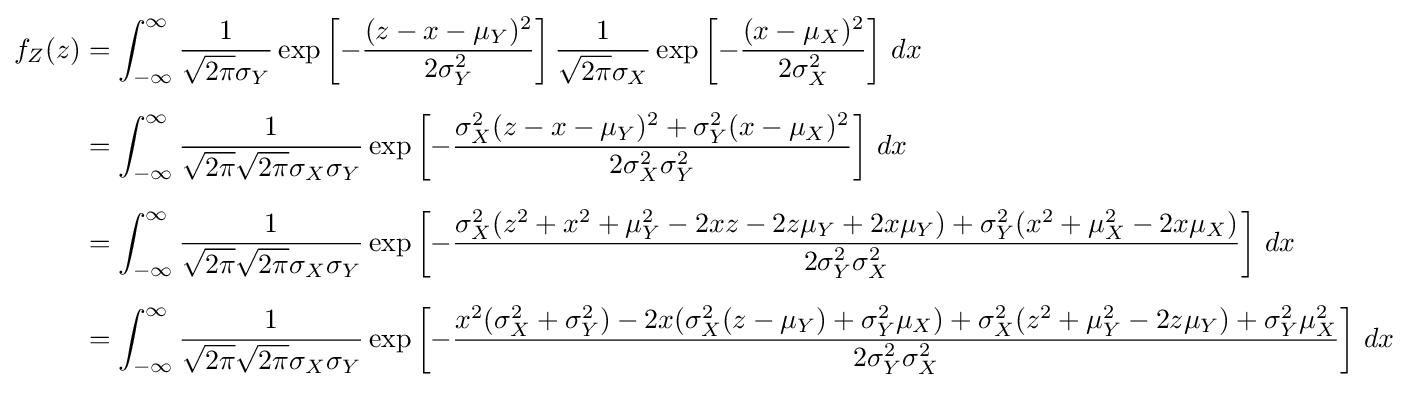
{\begin{aligned}f_{Z}(z)&=\int _{-\infty }^{\infty }{\frac {1}{{\sqrt {2\pi }}\sigma _{Y}}}\exp \left[-{(z-x-\mu _{Y})^{2} \over 2\sigma _{Y}^{2}}\right]{\frac {1}{{\sqrt {2\pi }}\sigma _{X}}}\exp \left[-{(x-\mu _{X})^{2} \over 2\sigma _{X}^{2}}\right]\,dx\\[6pt]&=\int _{-\infty }^{\infty }{\frac {1}{{\sqrt {2\pi }}{\sqrt {2\pi }}\sigma _{X}\sigma _{Y}}}\exp \left[-{\frac {\sigma _{X}^{2}(z-x-\mu _{Y})^{2}+\sigma _{Y}^{2}(x-\mu _{X})^{2}}{2\sigma _{X}^{2}\sigma _{Y}^{2}}}\right]\,dx\\[6pt]&=\int _{-\infty }^{\infty }{\frac {1}{{\sqrt {2\pi }}{\sqrt {2\pi }}\sigma _{X}\sigma _{Y}}}\exp \left[-{\frac {\sigma _{X}^{2}(z^{2}+x^{2}+\mu _{Y}^{2}-2xz-2z\mu _{Y}+2x\mu _{Y})+\sigma _{Y}^{2}(x^{2}+\mu _{X}^{2}-2x\mu _{X})}{2\sigma _{Y}^{2}\sigma _{X}^{2}}}\right]\,dx\\[6pt]&=\int _{-\infty }^{\infty }{\frac {1}{{\sqrt {2\pi }}{\sqrt {2\pi }}\sigma _{X}\sigma _{Y}}}\exp \left[-{\frac {x^{2}(\sigma _{X}^{2}+\sigma _{Y}^{2})-2x(\sigma _{X}^{2}(z-\mu _{Y})+\sigma _{Y}^{2}\mu _{X})+\sigma _{X}^{2}(z^{2}+\mu _{Y}^{2}-2z\mu _{Y})+\sigma _{Y}^{2}\mu _{X}^{2}}{2\sigma _{Y}^{2}\sigma _{X}^{2}}}\right]\,dx\\[6pt]\end{aligned}}